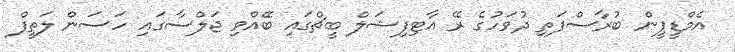
އެމްޑީޕީން ބުރާސްފަތި ދުވަހުގެ ރޭ އާޓިފިޝަލް ބީޗްގައި ބޭއްވި ޖަލްސާގައި ހަސަން ލަތީފް